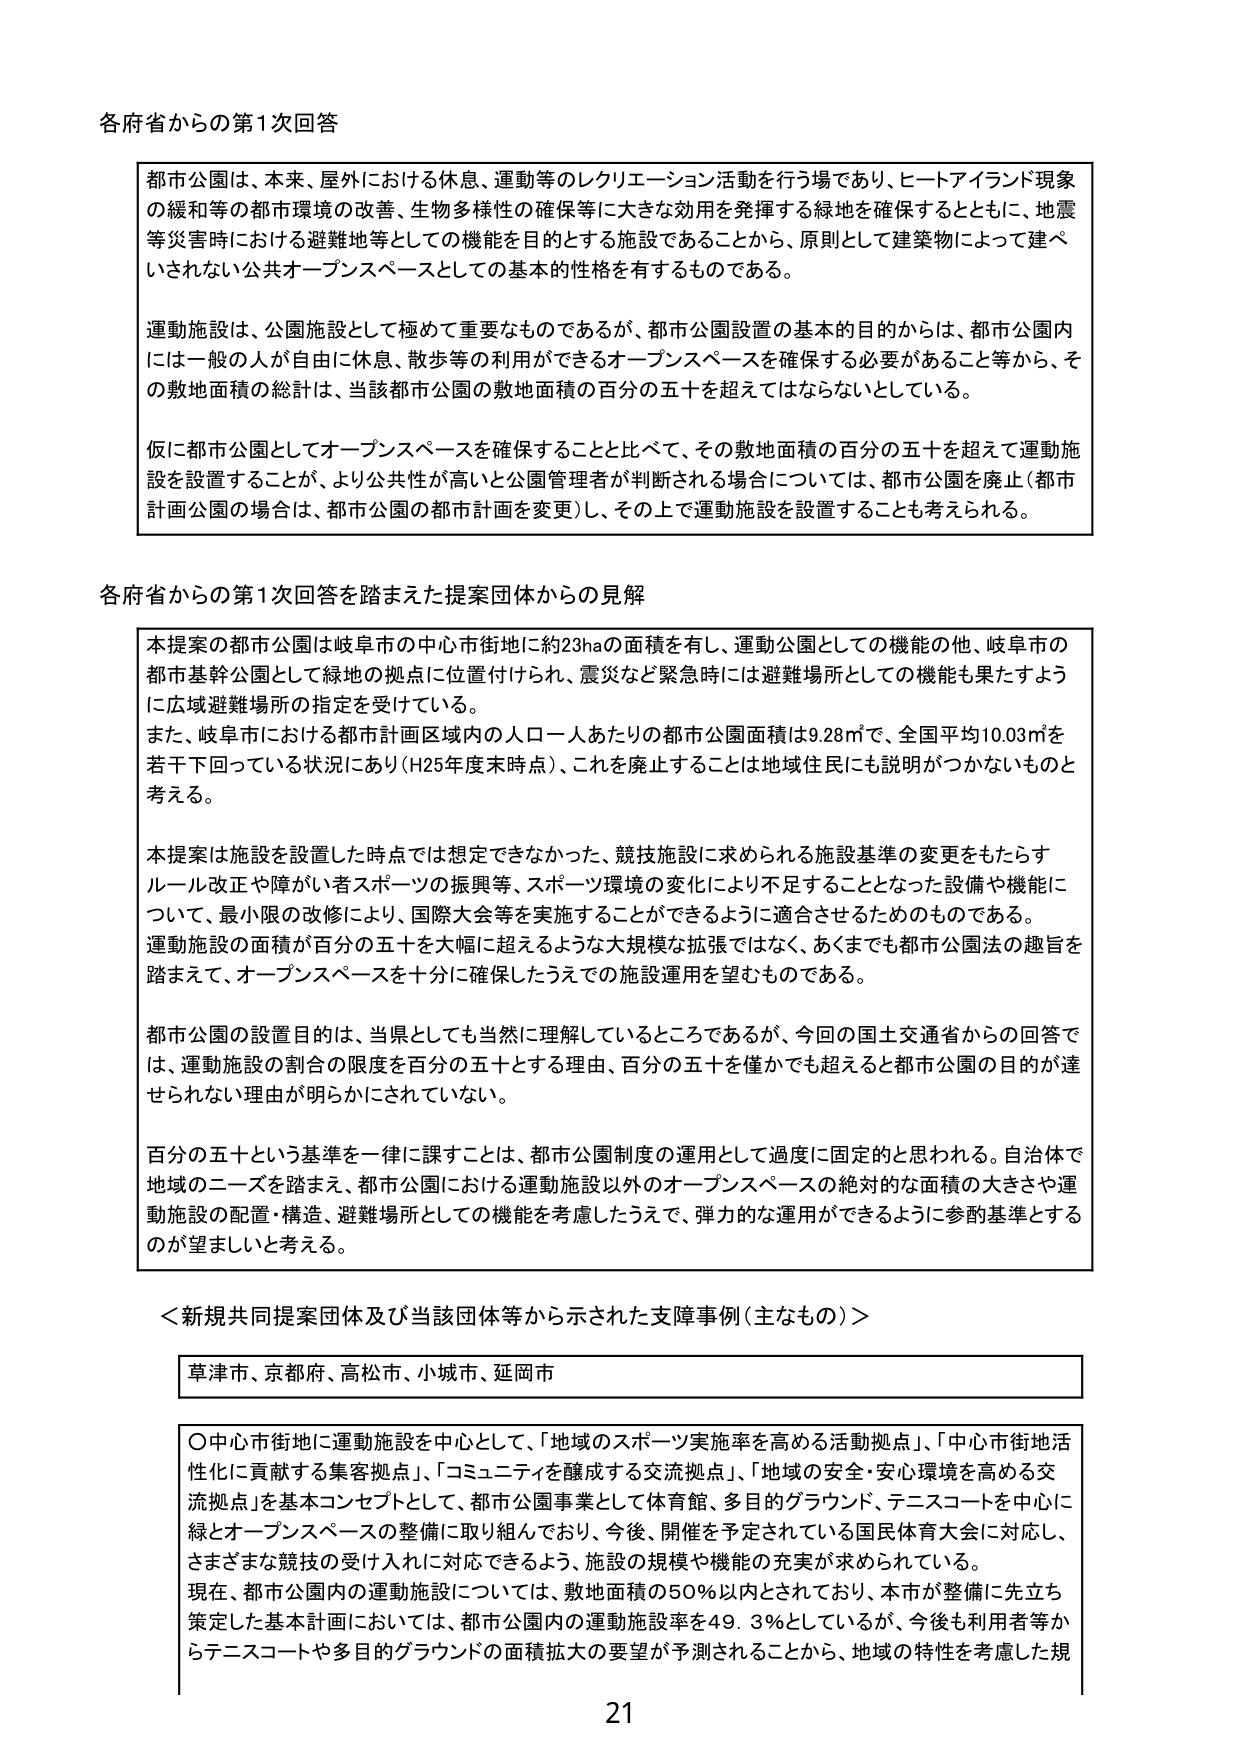
各府省からの第1次回答

都市公園は、本来、屋外における休息、運動等のレクリエーション活動を行う場であり、ヒートアイランド現象の緩和等の都市環境の改善、生物多様性の確保等に大きな効用を発揮する緑地を確保するとともに、地震等災害時における避難地等としての機能を目的とする施設であることから、原則として建築物によって建ぺいされない公共オープンスペースとしての基本的性格を有するものである。

運動施設は、公園施設として極めて重要なものであるが、都市公園設置の基本的目的からは、都市公園内には一般の人が自由に休息、散歩等の利用ができるオープンスペースを確保する必要があること等から、その敷地面積の総計は、当該都市公園の敷地面積の百分の五十を超えてはならないとしている。

仮に都市公園としてオープンスペースを確保することと比べて、その敷地面積の百分の五十を超えて運動施設を設置することが、より公共性が高いと公園管理者が判断される場合については、都市公園を廃止（都市計画公園の場合は、都市公園の都市計画を変更）し、その上で運動施設を設置することも考えられる。

各府省からの第1次回答を踏まえた提案団体からの見解

本提案の都市公園は岐阜市の中心市街地に約23haの面積を有し、運動公園としての機能の他、岐阜市の都市基幹公園として緑地の拠点に位置付けられ、震災など緊急時には避難場所としての機能も果たすように広域避難場所の指定を受けている。
また、岐阜市における都市計画区域内の人口一人あたりの都市公園面積は9.28㎡で、全国平均10.03㎡を若干下回っている状況にあり（H25年度末時点）、これを廃止することは地域住民にも説明がつかないものと考える。

本提案は施設を設置した時点では想定できなかった、競技施設に求められる施設基準の変更をもたらすルール改正や障がい者スポーツの振興等、スポーツ環境の変化により不足することとなった設備や機能について、最小限の改修により、国際大会等を実施することができるように適合させるためのものである。
運動施設の面積が百分の五十を大幅に超えるような大規模な拡張ではなく、あくまでも都市公園法の趣旨を踏まえて、オープンスペースを十分に確保したうえでの施設運用を望むものである。

都市公園の設置目的は、当県としても当然に理解しているところであるが、今回の国土交通省からの回答では、運動施設の割合の限度を百分の五十とする理由、百分の五十を僅かでも超えると都市公園の目的が達せられない理由が明らかにされていない。

百分の五十という基準を一律に課すことは、都市公園制度の運用として過度に固定的と思われる。自治体で地域のニーズを踏まえ、都市公園における運動施設以外のオープンスペースの絶対的な面積の大きさや運動施設の配置・構造、避難場所としての機能を考慮したうえで、弾力的な運用ができるように参酌基準とするのが望ましいと考える。

＜新規共同提案団体及び当該団体等から示された支障事例（主なもの）＞

草津市、京都府、高松市、小城市、延岡市

〇中心市街地に運動施設を中心として、「地域のスポーツ実施率を高める活動拠点」、「中心市街地活性化に貢献する集客拠点」、「コミュニティを醸成する交流拠点」、「地域の安全・安心環境を高める交流拠点」を基本コンセプトとして、都市公園事業として体育館、多目的グラウンド、テニスコートを中心に緑とオープンスペースの整備に取り組んでおり、今後、開催を予定されている国民体育大会に対応し、さまざまな競技の受け入れに対応できるよう、施設の規模や機能の充実が求められている。
現在、都市公園の運動施設については、敷地面積の50％以内とされており、本市が整備に先立ち策定した基本計画においては、都市公園内の運動施設率を49.3％としているが、今後も利用者等からテニスコートや多目的グラウンドの面積拡大の要望が予測されることから、地域の特性を考慮した規

21